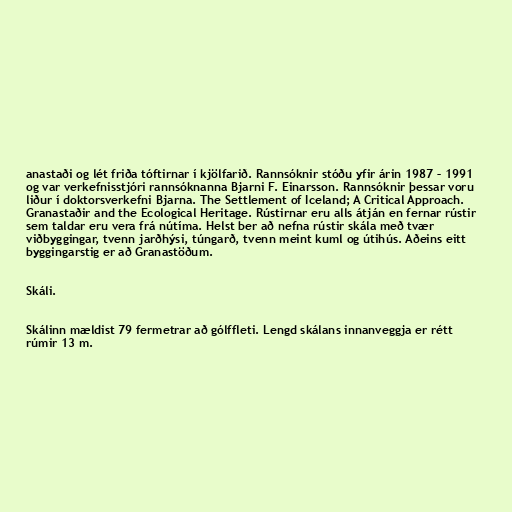
anastaði og lét friða tóftirnar í kjölfarið. Rannsóknir stóðu yfir árin 1987 – 1991
og var verkefnisstjóri rannsóknanna Bjarni F. Einarsson. Rannsóknir þessar voru
liður í doktorsverkefni Bjarna. The Settlement of Iceland; A Critical Approach.
Granastaðir and the Ecological Heritage. Rústirnar eru alls átján en fernar rústir
sem taldar eru vera frá nútíma. Helst ber að nefna rústir skála með tvær
viðbyggingar, tvenn jarðhýsi, túngarð, tvenn meint kuml og útihús. Aðeins eitt
byggingarstig er að Granastöðum.

Skáli.

Skálinn mældist 79 fermetrar að gólffleti. Lengd skálans innanveggja er rétt
rúmir 13 m.